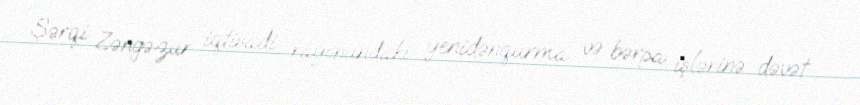
Şərqi Zəngəzur iqtisadi rayonundakı yenidənqurma və bərpa işlərinə dəvət